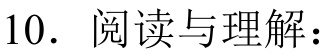
10. 阅读与理解：